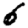
Digit: 6